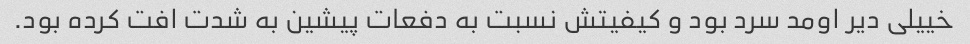
خییلی دیر اومد سرد بود و کیفیتش نسبت به دفعات پیشین به شدت افت کرده بود.